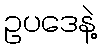
ဥပဒေနဲ့